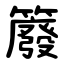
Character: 䉬